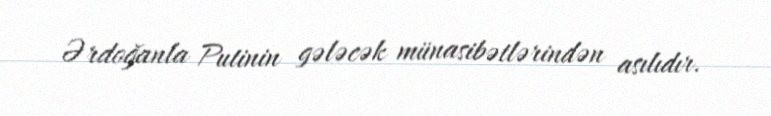
Ərdoğanla Putinin gələcək münasibətlərindən asılıdır.